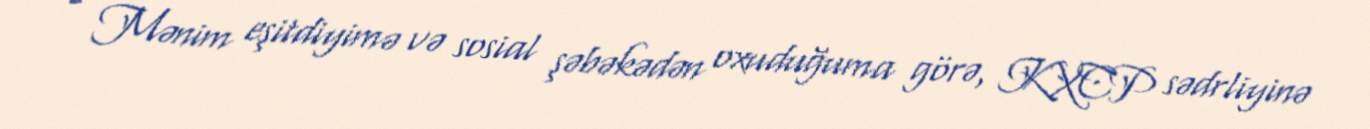
- Mənim eşitdiyimə və sosial şəbəkədən oxuduğuma görə, KXCP sədrliyinə